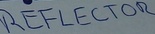
Text: REFLECTOR